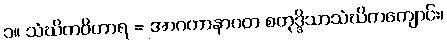
၁။ သံဃိကဝိဟာရ = အာဂတာနာဂတ စတုဒ္ဒိသာသံဃိကကျောင်း၊